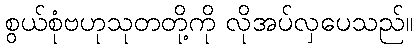
စွယ်စုံဗဟုသုတတို့ကို လိုအပ်လှပေသည်။